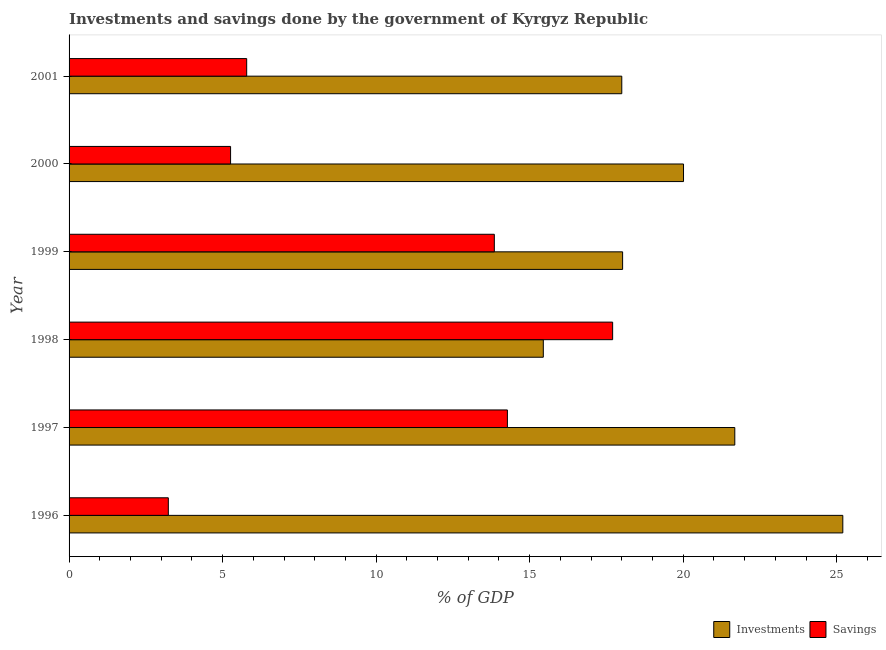
| Year | Investments | Savings |
 | --- | --- | --- |
 | 1996 | 25.2 | 3.23 |
 | 1997 | 21.7 | 14.3 |
 | 1998 | 15.4 | 17.7 |
 | 1999 | 18 | 13.8 |
 | 2000 | 20 | 5.26 |
 | 2001 | 18 | 5.78 |